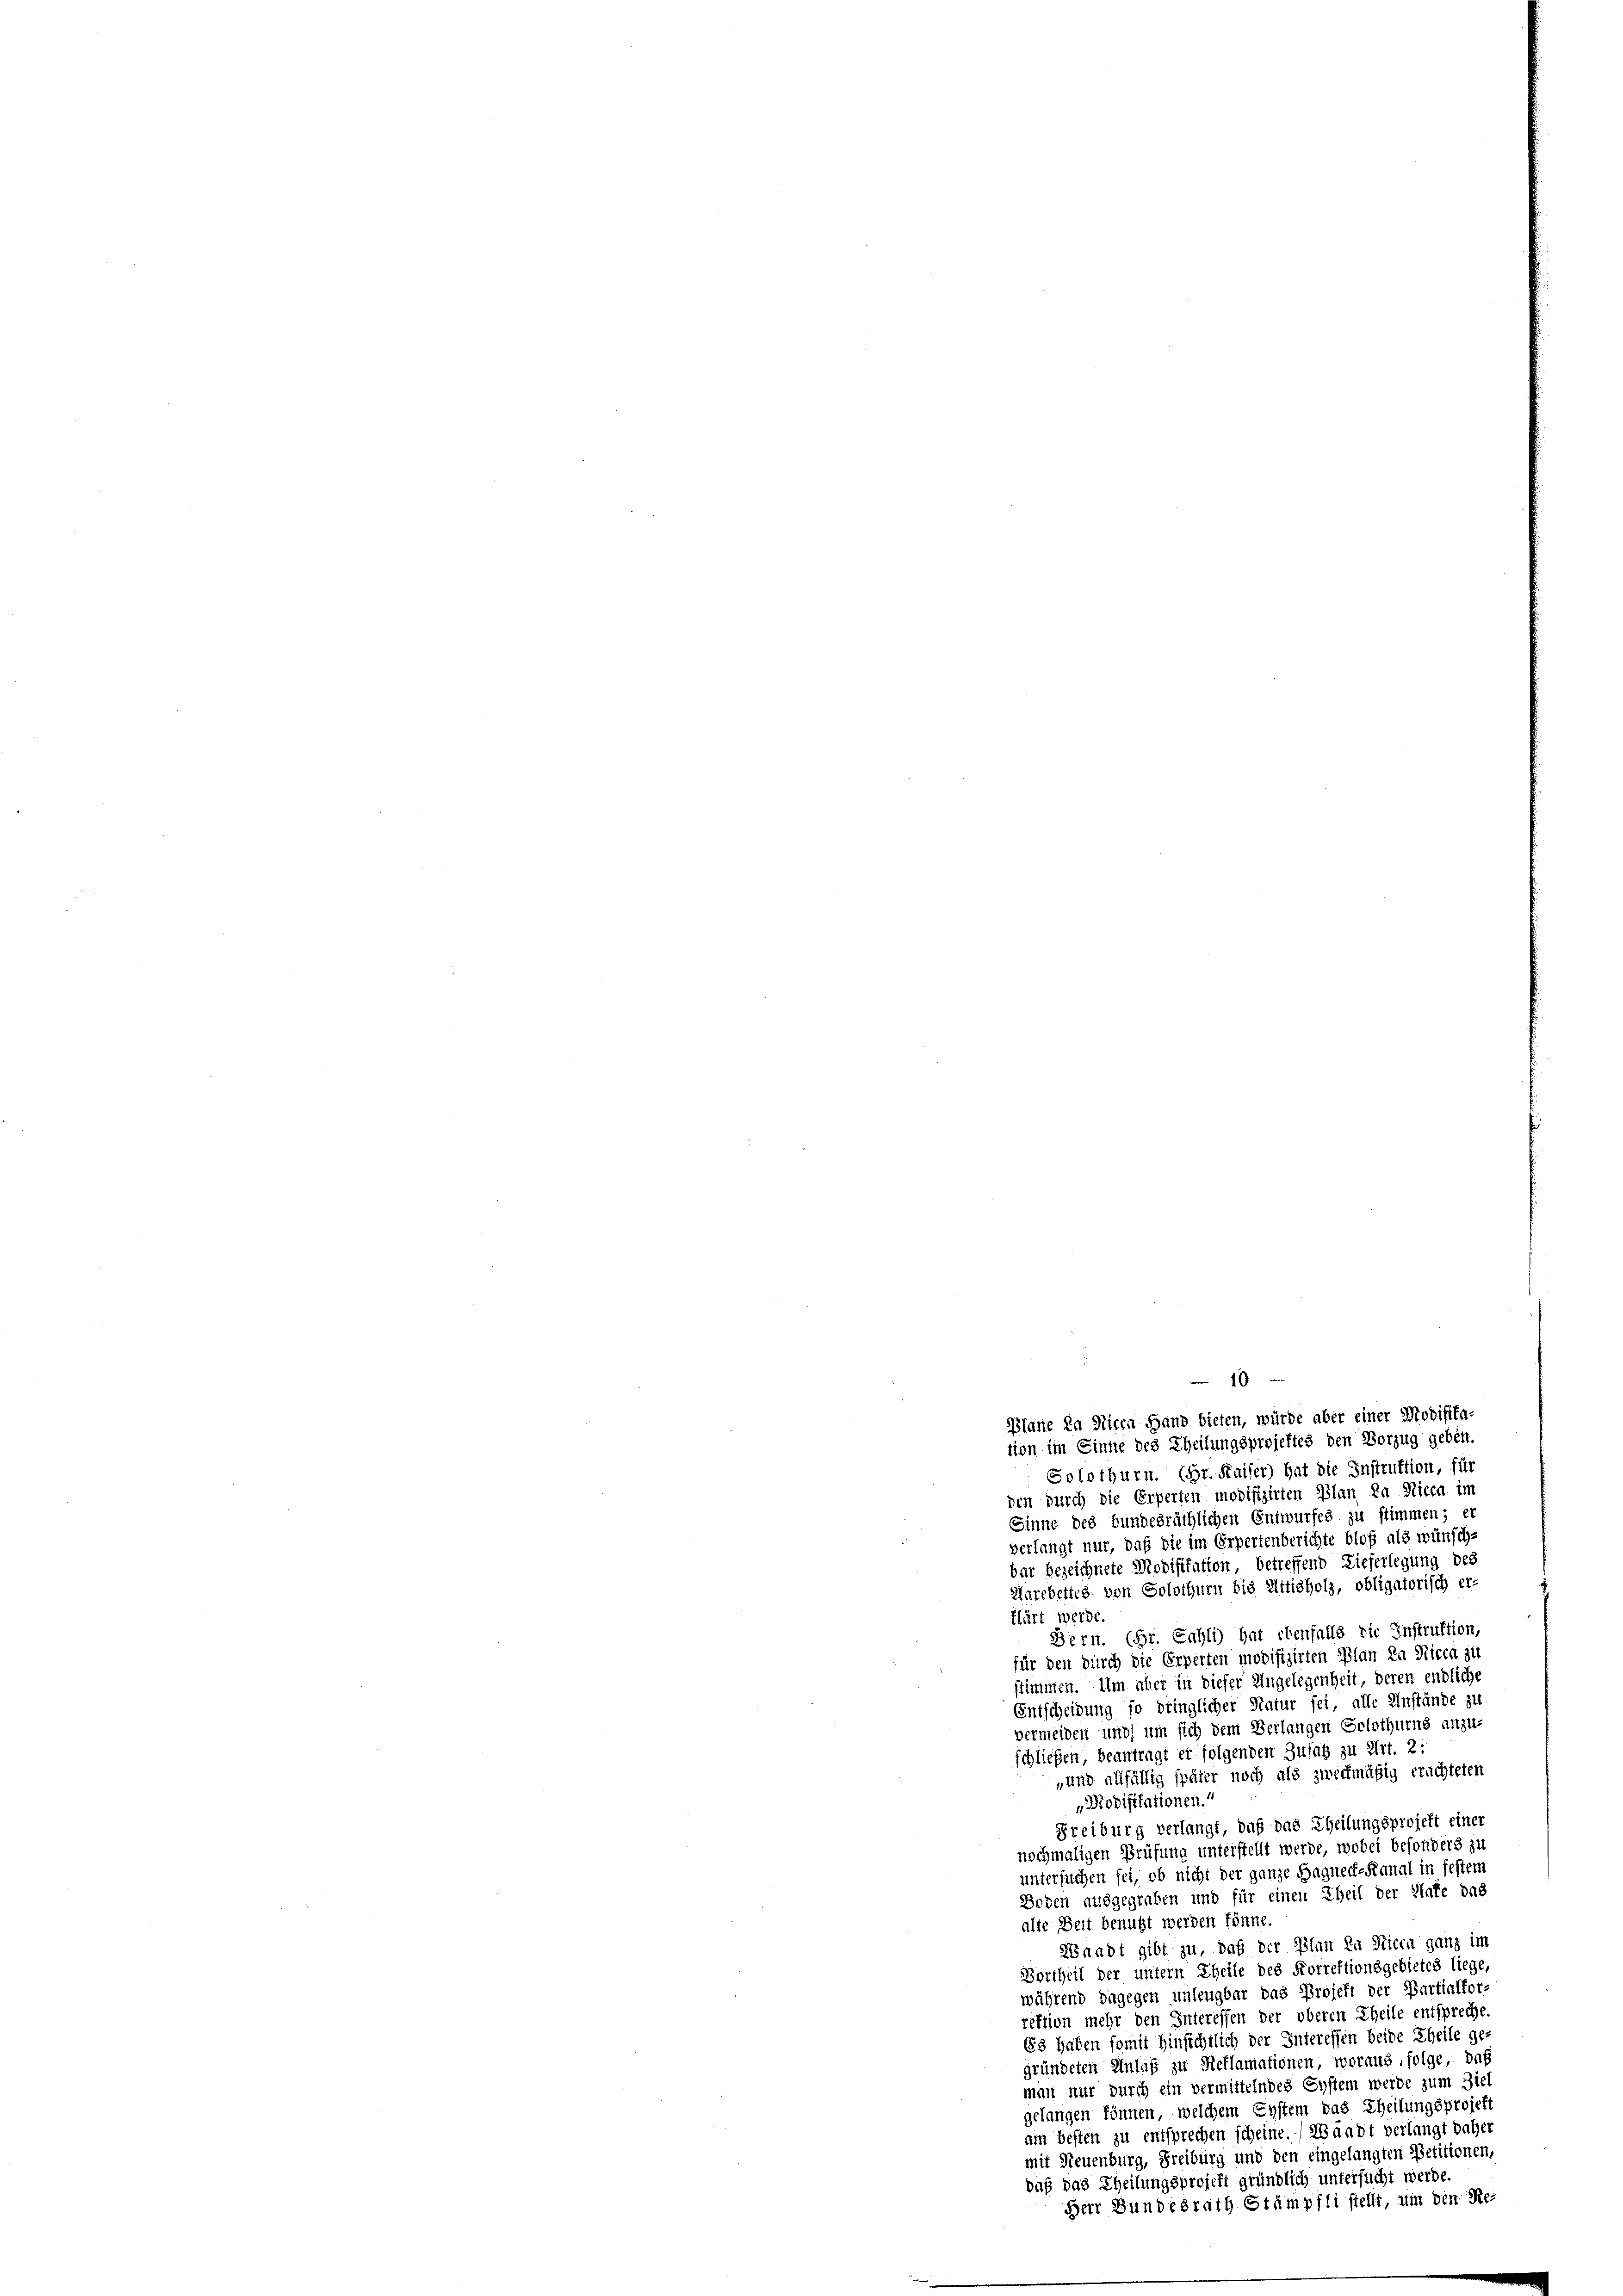
Plane da dicen Hand bieten, würde aber einer Modifika-
tion im Einne des Theilungsprojektes den Vorzug geben.
Solothurn. (Gr. Kaiser) hat die Instruktion, für
den durch die Erperten modifizirten Plan da Nicca im
Sinne des bundesräthlichen Entwurfes zu stimmen; er
verlangt mir, daß die im Erpertenberichte bloß als wünsch-
bar bezeichnete Modifikation betreffend Lieferlegung des
Harcbettes von Solothurn bis Attisholz, obligatorisch er-
klärt werde.
Bern. (Gr. Sahli) hat ebenfalls die Instruktion,
für den durch die Erperten modifizirten Plan da Nicca zu
stimmen. Um aber in dieser Angelegenheit, deren endliche
Entscheidung so bringlicher Natur sei, alle Anstände zu
vermeiden und um sich dem Verlangen Solothurns anzu-
schließen, beantragt er folgenden Zufal zu Art. 2:
„und allfällig später noch als zweckmäßig erachteten
Modifikationen.“
Freiburg verlangt, daß das Theilungsprojekt einer
nochmaligen Prüfung unterstellt werde, wobei besonders zu
untersuchen sei, ob nicht der ganze Hagneck-Kanal in festem
Boden ausgegraben und für einen Theil der Wafe das
alte Zeit benutzt werden könne.
Waadt gibt zu, daß der Plan zu Nicen ganz im
Dortheil der untern Theile des Forrektionsgebietes liege,
während dagegen unleugbar das Projekt der Partialfor-
rektion mehr den Interessen der oberen Theile entspreche.
63 haben somit Hinsichtlich der Interessen beide Theile ge
gründeten Einlag zu Reflamationen, woraus, folge, daß
man nur durch ein vermittelndes System werde zum Ziel
gelangen können, welchem Eystem das Theilungsprojekt
am Heften zu entsprechen scheine.) Waadt verlangt daher
mit Neuenburg, Freiburg und den eingelangten Petitionen,
daß das Theilungsprojekt gründlich untersucht werde.
Herr Bundesrath Stämpfli stellt, um den Re-

10